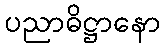
ပညာဓိဋ္ဌာနော